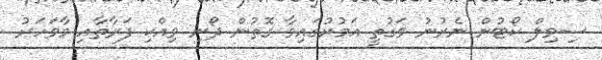
ސިވިލް ކޯޓުން ނެރުނު ވަގުތީ އަމުރުގައިވާ ގޮތުން ދޯނި ވިއްކި ފަރާތާއި މާވަހަރު